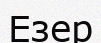
Езер